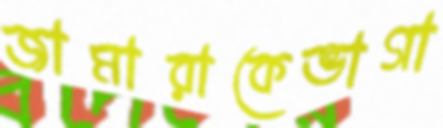
জামারাকেভাগা